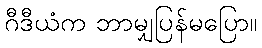
ဂီဒီယံက ဘာမျှပြန်မပြော။